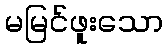
မမြင်ဖူးသော